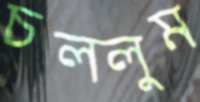
চললুম